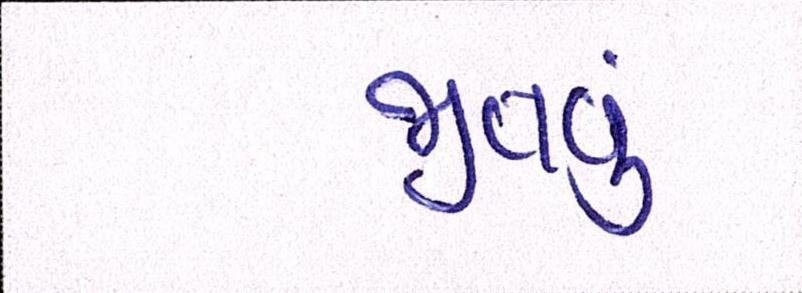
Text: જીતવું